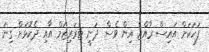
ފަހަކަށް އައިސް ރާއްޖެ އިން ވެސް ދަނީ ޓެރަރިޒަމް އާއި ދެކޮޅަށް ގިނަ